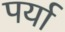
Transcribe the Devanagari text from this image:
पर्या